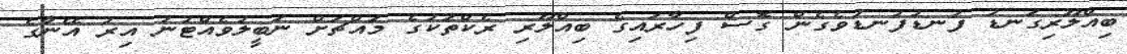
ބިއްލޫރިގަނޑު ފުނޑުފުނޑުވެގެން ގޮސް ފިހާރައިގެ ބިއްލޫރި ރެކްތަކުގެ މައްޗަށް ނަބީލުވެއްޓުނު އިރު އޭނާގެ